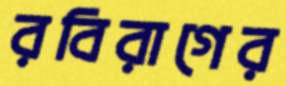
রবিরাগের